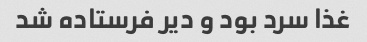
غذا سرد بود و دیر فرستاده شد